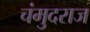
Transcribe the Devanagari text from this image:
चंमुदराज